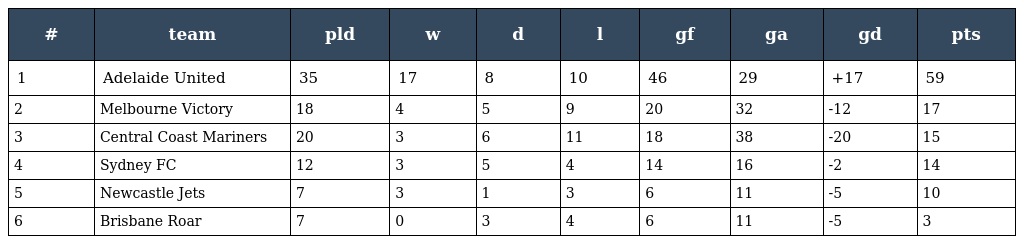
| # | team | pld | w | d | l | gf | ga | gd | pts |
 | --- | --- | --- | --- | --- | --- | --- | --- | --- | --- |
 | 1 | Adelaide United | 35 | 17 | 8 | 10 | 46 | 29 | +17 | 59 |
 | 2 | Melbourne Victory | 18 | 4 | 5 | 9 | 20 | 32 | -12 | 17 |
 | 3 | Central Coast Mariners | 20 | 3 | 6 | 11 | 18 | 38 | -20 | 15 |
 | 4 | Sydney FC | 12 | 3 | 5 | 4 | 14 | 16 | -2 | 14 |
 | 5 | Newcastle Jets | 7 | 3 | 1 | 3 | 6 | 11 | -5 | 10 |
 | 6 | Brisbane Roar | 7 | 0 | 3 | 4 | 6 | 11 | -5 | 3 |